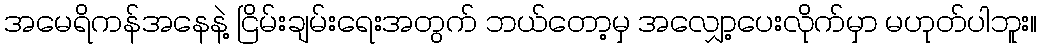
အမေရိကန်အနေနဲ့ ငြိမ်းချမ်းရေးအတွက် ဘယ်တော့မှ အလျှော့ပေးလိုက်မှာ မဟုတ်ပါဘူး။